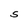
Character: S